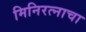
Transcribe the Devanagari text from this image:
मिनिरत्नाचा